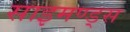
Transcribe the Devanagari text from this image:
साइमण्ड्स